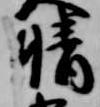
晴